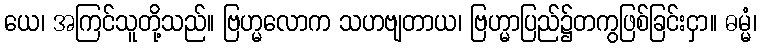
ယေ၊ အကြင်သူတို့သည်။ ဗြဟ္မလောက သဟဗျတာယ၊ ဗြဟ္မာပြည်၌တကွဖြစ်ခြင်းငှာ။ ဓမ္မံ၊